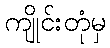
ကျိုင်းတုံမှ